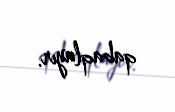
qabaqlayır.